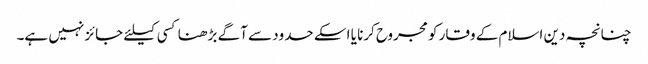
چنانچہ دین اسلام کے وقار کو مجروح کرنا یا اسکے حدود سے آگے بڑھنا کسی کیلئے جائز نہیں ہے۔